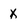
Character: X